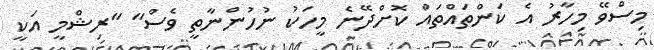
މިސްވޭ މިހާރު އެ ކަންތައްތައް ކޮށްދޭނެ މީހަކު ނުހުންނާތީ ވެސް" "ރިޝްމީ އަކީ